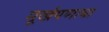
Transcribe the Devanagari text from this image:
मूर्खपणाचा